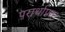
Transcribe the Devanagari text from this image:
परार्थाप्रत